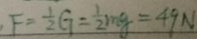
F = \frac { 1 } { 2 } G = \frac { 1 } { 2 } m g = 4 9 N